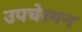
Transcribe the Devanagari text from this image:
उपचेरमन